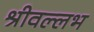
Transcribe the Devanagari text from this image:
श्रीवल्‍लभ